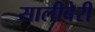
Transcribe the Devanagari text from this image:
सालीबेरी